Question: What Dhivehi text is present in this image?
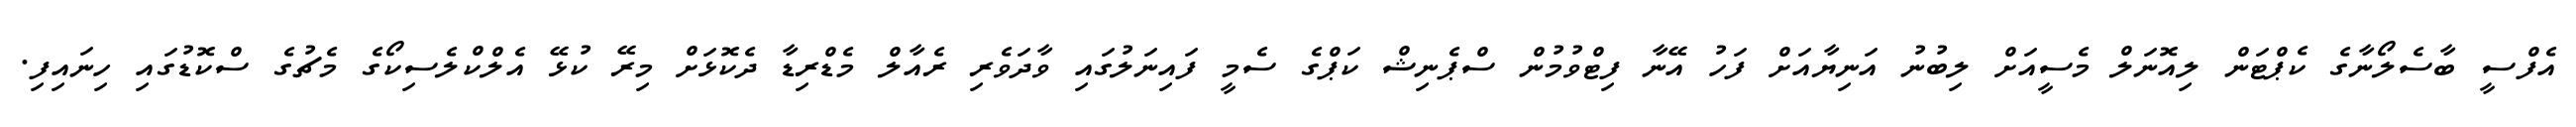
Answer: އެފްސީ ބާސެލޯނާގެ ކެޕްޓަން ލިއޮނަލް މެސީއަށް ލިބުނު އަނިޔާއަށް ފަހު އޭނާ ފިޓްވުމުން ސްޕެނިޝް ކަޕްގެ ސެމީ ފައިނަލުގައި ވާދަވެރި ރެއާލް މެޑްރިޑާ ދެކޮޅަށް މިރޭ ކުޅޭ އެލްކްލެސިކޯގެ މެޗުގެ ސްކޮޑުގައި ހިނައިފި.